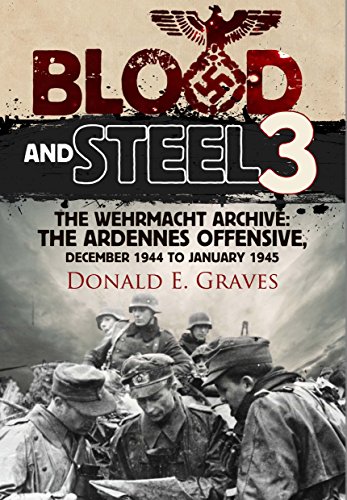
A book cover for Blood and Steel 3: The Wehrmacht Archive the Ardennes Offensive, December 1944 to January 1945; Donald E. Graves; History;